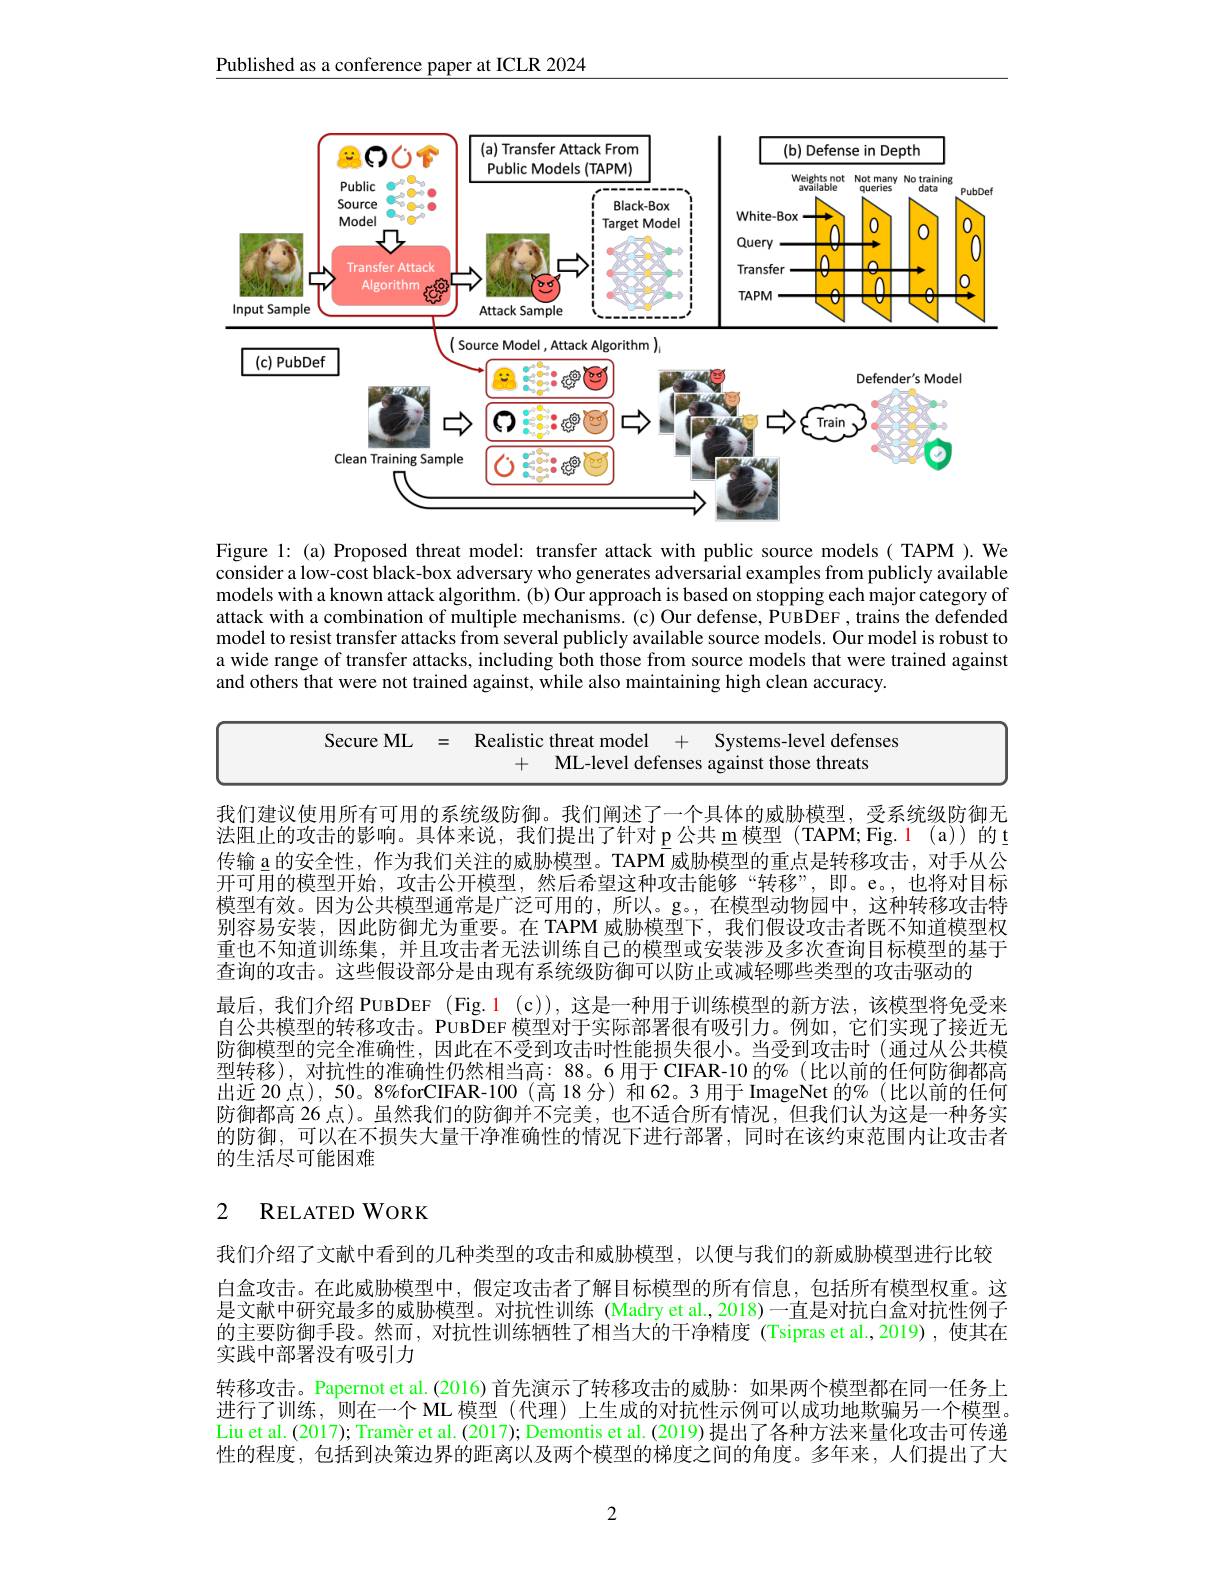
Published as a conference paper at ICLR 2024

<FigureHere>

Figure 1: (a) Proposed threat model: transfer attack with public source models( TAPM ).We consider a low-cost black-box adversary who generates adversarial examples from publicly available models with a known attack algorithm. (b) Our approach is based on stopping each major category of attack with a combination of multiple mechanisms. (c) Our defense, PUBDEF , trains the defended model to resist transfer attacks from several publicly available source models. Our model is robust to a wide range of transfer attacks, including both those from source models that were trained against and others that were not trained against, while also maintaining high clean accuracy.

Secure ML = Realistic threat model + Systems-level defenses
+ ML-level defenses against those threats

我们建议使用所有可用的系统级防御。我们阐述了一个具体的威胁模型，受系统级防御无法阻止的攻击的影响。具体来说，我们提出了针对p公共 m 模型 (TAPM;Fig. 1 (a))的\_ 传输 a 的安全性，作为我们关注的威胁模型。TAPM 威胁模型的重点是转移攻击，对手从公开可用的模型开始，攻击公开模型，然后希望这种攻击能够“转移”,即。e。,也将对目标模型有效。因为公共模型通常是广泛可用的，所以。g。,在模型动物园中，这种转移攻击特别容易安装，因此防御尤为重要。在 TAPM 威胁模型下，我们假设攻击者既不知道模型权重也不知道训练集，并且攻击者无法训练自己的模型或安装涉及多次查询目标模型的基于查询的攻击。这些假设部分是由现有系统级防御可以防止或减轻哪些类型的攻击驱动的
最后，我们介绍 PUBDEF (Fig.1 (c)),这是一种用于训练模型的新方法，该模型将免受来自公共模型的转移攻击。PUBDEF 模型对于实际部署很有吸引力。例如，它们实现了接近无防御模型的完全准确性，因此在不受到攻击时性能损失很小。当受到攻击时(通过从公共模型转移),对抗性的准确性仍然相当高：88。6 用于 CIFAR-10 的% (比以前的任何防御都高出近 20 点), 50。8%forCIFAR-100 (高 18 分)和 62。3 用于 ImageNet 的%(比以前的任何防御都高 26 点)。虽然我们的防御并不完美，也不适合所有情况，但我们认为这是一种务实的防御，可以在不损失大量干净准确性的情况下进行部署，同时在该约束范围内让攻击者的生活尽可能困难

# 2 RELATED WORK

我们介绍了文献中看到的几种类型的攻击和威胁模型，以便与我们的新威胁模型进行比较
白盒攻击。在此威胁模型中，假定攻击者了解目标模型的所有信息，包括所有模型权重。这是文献中研究最多的威胁模型。对抗性训练 (Madry et al.,2018)一直是对抗白盒对抗性例子的主要防御手段。然而，对抗性训练牺牲了相当大的干净精度(Tsipras et al.,2019),使其在实践中部署没有吸引力
转移攻击。Papernot et al.(2016)首先演示了转移攻击的威胁：如果两个模型都在同一任务上进行了训练，则在一个 ML 模型(代理)上生成的对抗性示例可以成功地欺骗另一个模型。Liu et al. (2017); Tramèr et al. (2017); Demontis et al. (2019) 提出了各种方法来量化攻击可传递性的程度，包括到决策边界的距离以及两个模型的梯度之间的角度。多年来，人们提出了大

2